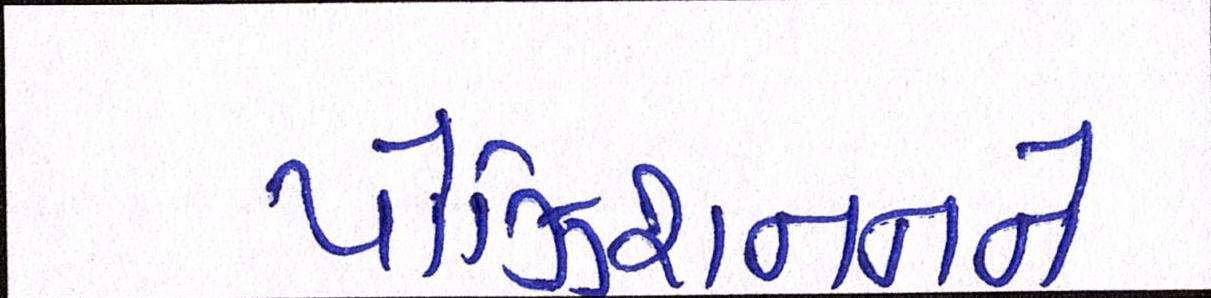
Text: પોઝિશનનને